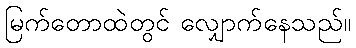
မြက်တောထဲတွင် လျှောက်နေသည်။